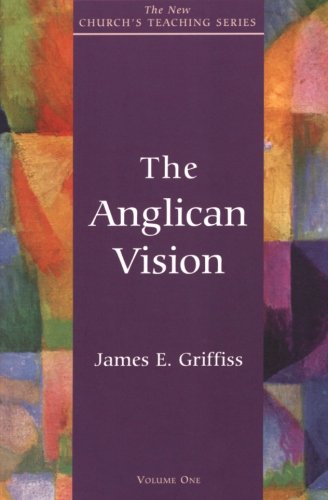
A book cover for Anglican Vision; James E. Griffiss; Christian Books & Bibles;